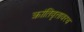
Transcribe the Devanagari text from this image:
क्रांतिवृत्तावरच